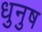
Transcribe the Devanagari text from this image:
धुनुष